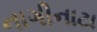
નાગીનાટા